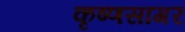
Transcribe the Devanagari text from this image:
कृष्णसागर